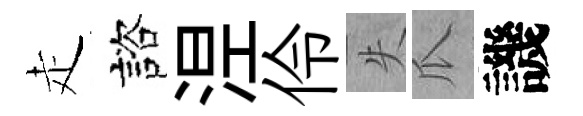
走諮𣵀伶失瓜譏